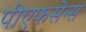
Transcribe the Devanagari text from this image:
पीएफसेन्स